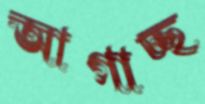
আগাচ্ছ